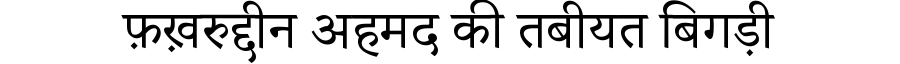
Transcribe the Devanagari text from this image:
फ़ख़रुद्दीन अहमद की तबीयत बिगड़ी